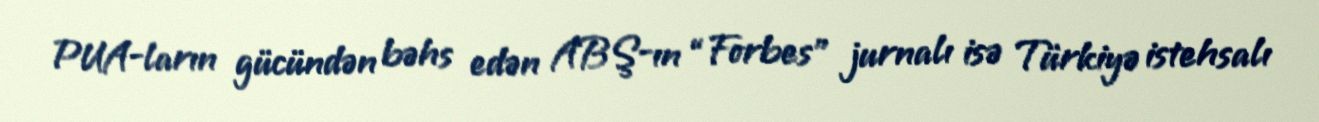
PUA-ların gücündən bəhs edən ABŞ-ın “Forbes” jurnalı isə Türkiyə istehsalı